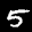
Label: 5